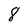
Character: 8